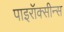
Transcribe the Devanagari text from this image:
पाइरॉक्सीन्स